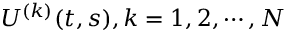
U ^ { ( k ) } ( t , s ) , k = 1 , 2 , \cdots , N